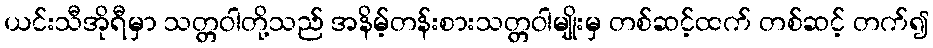
ယင်းသီအိုရီမှာ သတ္တဝါတို့သည် အနိမ့်တန်းစားသတ္တဝါမျိုးမှ တစ်ဆင့်ထက် တစ်ဆင့် တက်၍